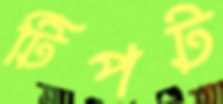
টিপট